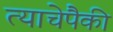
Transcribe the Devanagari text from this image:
त्याचेपैकी